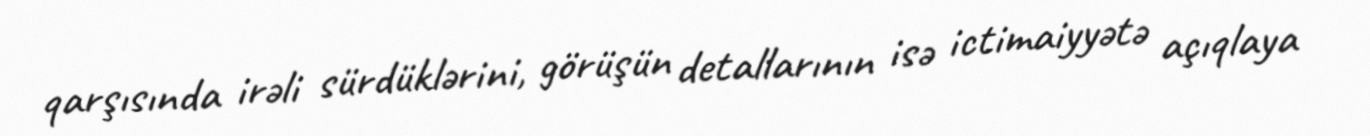
qarşısında irəli sürdüklərini, görüşün detallarının isə ictimaiyyətə açıqlaya